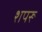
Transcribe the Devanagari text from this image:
शपरू